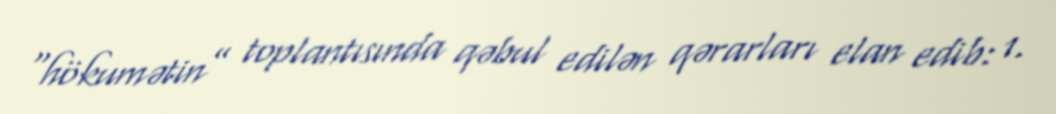
“hökumətin” toplantısında qəbul edilən qərarları elan edib: 1.